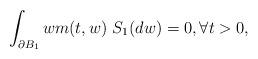
LaTeX: \begin{align*} \int_{\partial B_1} w m(t,w)~S_1(dw)=0, \forall t >0,\end{align*}